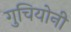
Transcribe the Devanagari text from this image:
गुचियोनी